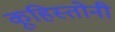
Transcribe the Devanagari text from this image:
कूहिस्तोनी